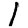
Digit: 1